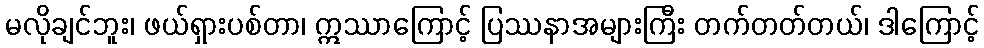
မလိုချင်ဘူး၊ ဖယ်ရှားပစ်တာ၊ ဣဿာကြောင့် ပြဿနာအများကြီး တက်တတ်တယ်၊ ဒါကြောင့်